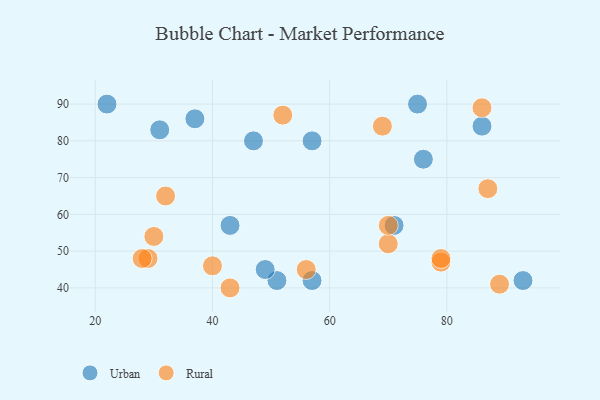
{"axis": {"x": "GDP", "y": "Life Expectancy"}, "legend": ["Rural", "Urban"], "data": [{"x": "22", "y": 90, "type": "Urban"}, {"x": "76", "y": 75, "type": "Urban"}, {"x": "57", "y": 80, "type": "Urban"}, {"x": "43", "y": 57, "type": "Urban"}, {"x": "51", "y": 42, "type": "Urban"}, {"x": "57", "y": 42, "type": "Urban"}, {"x": "37", "y": 86, "type": "Urban"}, {"x": "75", "y": 90, "type": "Urban"}, {"x": "86", "y": 84, "type": "Urban"}, {"x": "49", "y": 45, "type": "Urban"}, {"x": "31", "y": 83, "type": "Urban"}, {"x": "47", "y": 80, "type": "Urban"}, {"x": "71", "y": 57, "type": "Urban"}, {"x": "93", "y": 42, "type": "Urban"}, {"x": "69", "y": 84, "type": "Rural"}, {"x": "86", "y": 89, "type": "Rural"}, {"x": "56", "y": 45, "type": "Rural"}, {"x": "29", "y": 48, "type": "Rural"}, {"x": "30", "y": 54, "type": "Rural"}, {"x": "40", "y": 46, "type": "Rural"}, {"x": "89", "y": 41, "type": "Rural"}, {"x": "70", "y": 52, "type": "Rural"}, {"x": "79", "y": 47, "type": "Rural"}, {"x": "70", "y": 57, "type": "Rural"}, {"x": "87", "y": 67, "type": "Rural"}, {"x": "28", "y": 48, "type": "Rural"}, {"x": "79", "y": 48, "type": "Rural"}, {"x": "32", "y": 65, "type": "Rural"}, {"x": "52", "y": 87, "type": "Rural"}, {"x": "43", "y": 40, "type": "Rural"}]}